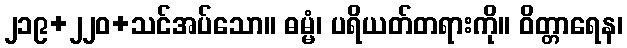
၂၁၉+၂၂၀+သင်အပ်သော။ ဓမ္မံ၊ ပရိယတ်တရားကို။ ဝိတ္တာရေန၊